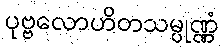
ပုဗ္ဗလောဟိတသမ္ပုဏ္ဏံ